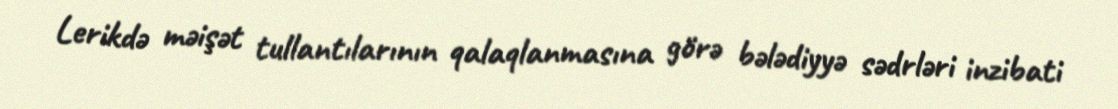
Lerikdə məişət tullantılarının qalaqlanmasına görə bələdiyyə sədrləri inzibati